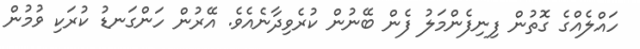
ހައްލެއްގެ ގޮތުން ފިނިފެންމަލު ފެން ބޭނުން ކުރެވިދާނެއެވެ. އޭރުން ހަންގަނޑު ކުރަކި ވުމުން